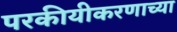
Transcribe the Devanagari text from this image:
परकीयीकरणाच्या